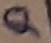
Text: Q